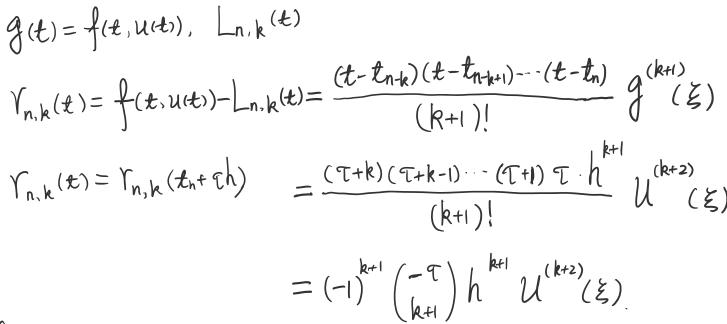
\[
\begin{align*}
g(t)&=f(t, u(t)),\ L_{n,k}(t)\\
r_{n,k}(t)&=f(t, u(t)) - L_{n,k}(t)=\frac{(t - t_{n - k})(t - t_{n - k + 1})\cdots(t - t_{n})}{(k + 1)!}g^{(k + 1)}(\xi)\\
r_{n,k}(t)&=r_{n,k}(t_{n}+\tau h)=\frac{(\tau + k)(\tau + k - 1)\cdots(\tau + 1)\tau\cdot h^{k + 1}}{(k + 1)!}u^{(k + 2)}(\xi)\\
&=(-1)^{k + 1}\binom{-\tau}{k + 1}h^{k + 1}u^{(k + 2)}(\xi).
\end{align*}
\]